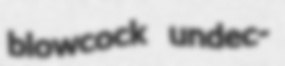
blowcock undec-